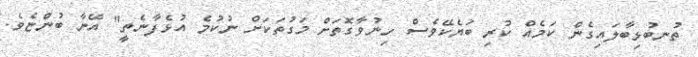
ތުނބުޅިބާލައިގެން ކަމެއް ކުރި ބަޔެކޭވެސް ހިނުވާގޮތަށް މަގުތަކަށް ނުކުމެ އުޅެފާނެތީ" އޭނާ ބުންޏެވެ.